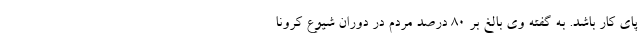
پای کار باشد. به گفته وی بالغ بر ۸۰ درصد مردم در دوران شیوع کرونا